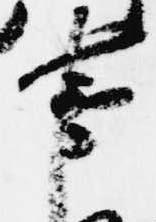
事